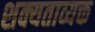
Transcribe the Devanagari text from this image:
शक्यताव्यक्त